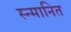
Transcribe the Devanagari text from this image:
स्न्मानित